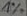
Text: 1%